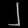
Digit: ၂